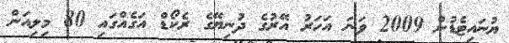
ޔުނައިޓެޑުން 2009 ވަނަ އަހަރު އޭރުގެ ދުނިޔޭގެ ރެކޯޑް އަގެއްގައި 80 މިލިއަން